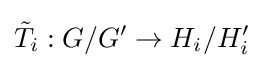
{\tilde {T}}_{i}:G/G'\to H_{i}/H_{i}'